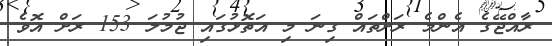
ރާއްޖޭގެ އެންމެ ރަށްތައް ގިނަ މި އަތޮޅުގައި ޖުމުލަ 153 ރަށް އޮވެ